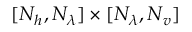
[ N _ { h } , N _ { \lambda } ] \times [ N _ { \lambda } , N _ { v } ]